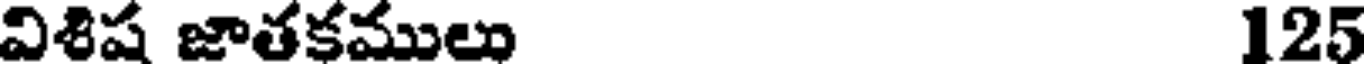
విశిష జాతకములు 125